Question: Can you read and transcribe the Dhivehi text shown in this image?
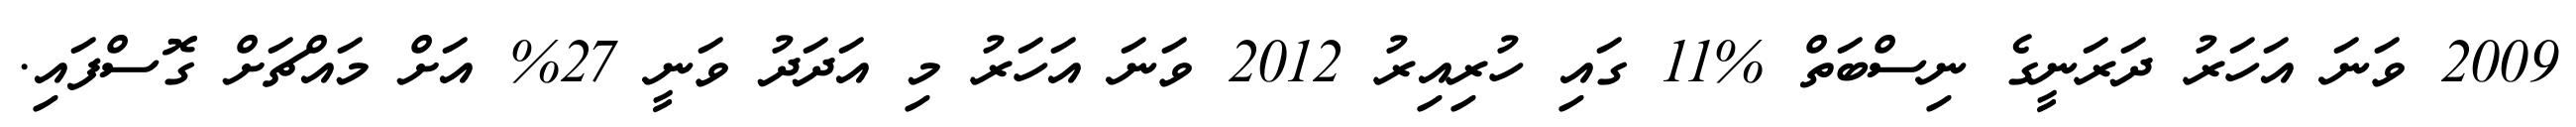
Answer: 2009 ވަނަ އަހަރު ދަރަނީގެ ނިސްބަތް %11 ގައި ހުރިއިރު 2012 ވަނަ އަހަރު މި އަދަދު ވަނީ 27% އަށް މައްޗަށް ގޮސްފައި.